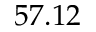
5 7 . 1 2